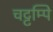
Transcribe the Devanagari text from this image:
चट्टम्पि